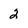
Character: 2